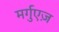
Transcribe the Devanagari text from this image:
मर्गुएज़